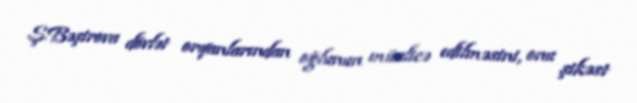
Ş.Bəşirova dövlət orqanlarından oğlunun müalicə edilməsini, onu şikəst